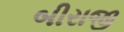
બીરાજી